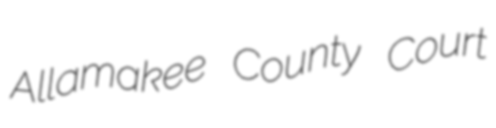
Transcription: Allamakee County Court